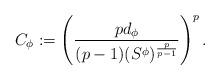
LaTeX: \begin{align*}C_{\bf\phi}:=\left(\frac{pd_{\bf\phi}}{(p-1)(S^{\bf\phi})^\frac{p}{p-1}}\right)^p.\end{align*}